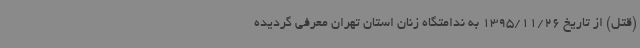
(قتل) از تاریخ 1395/11/26 به ندامتگاه زنان استان تهران معرفی گردیده